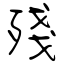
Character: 殘